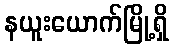
နယူးယောက်မြို့ရှိ